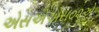
એસએએસ૦૨એ